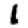
Digit: 1